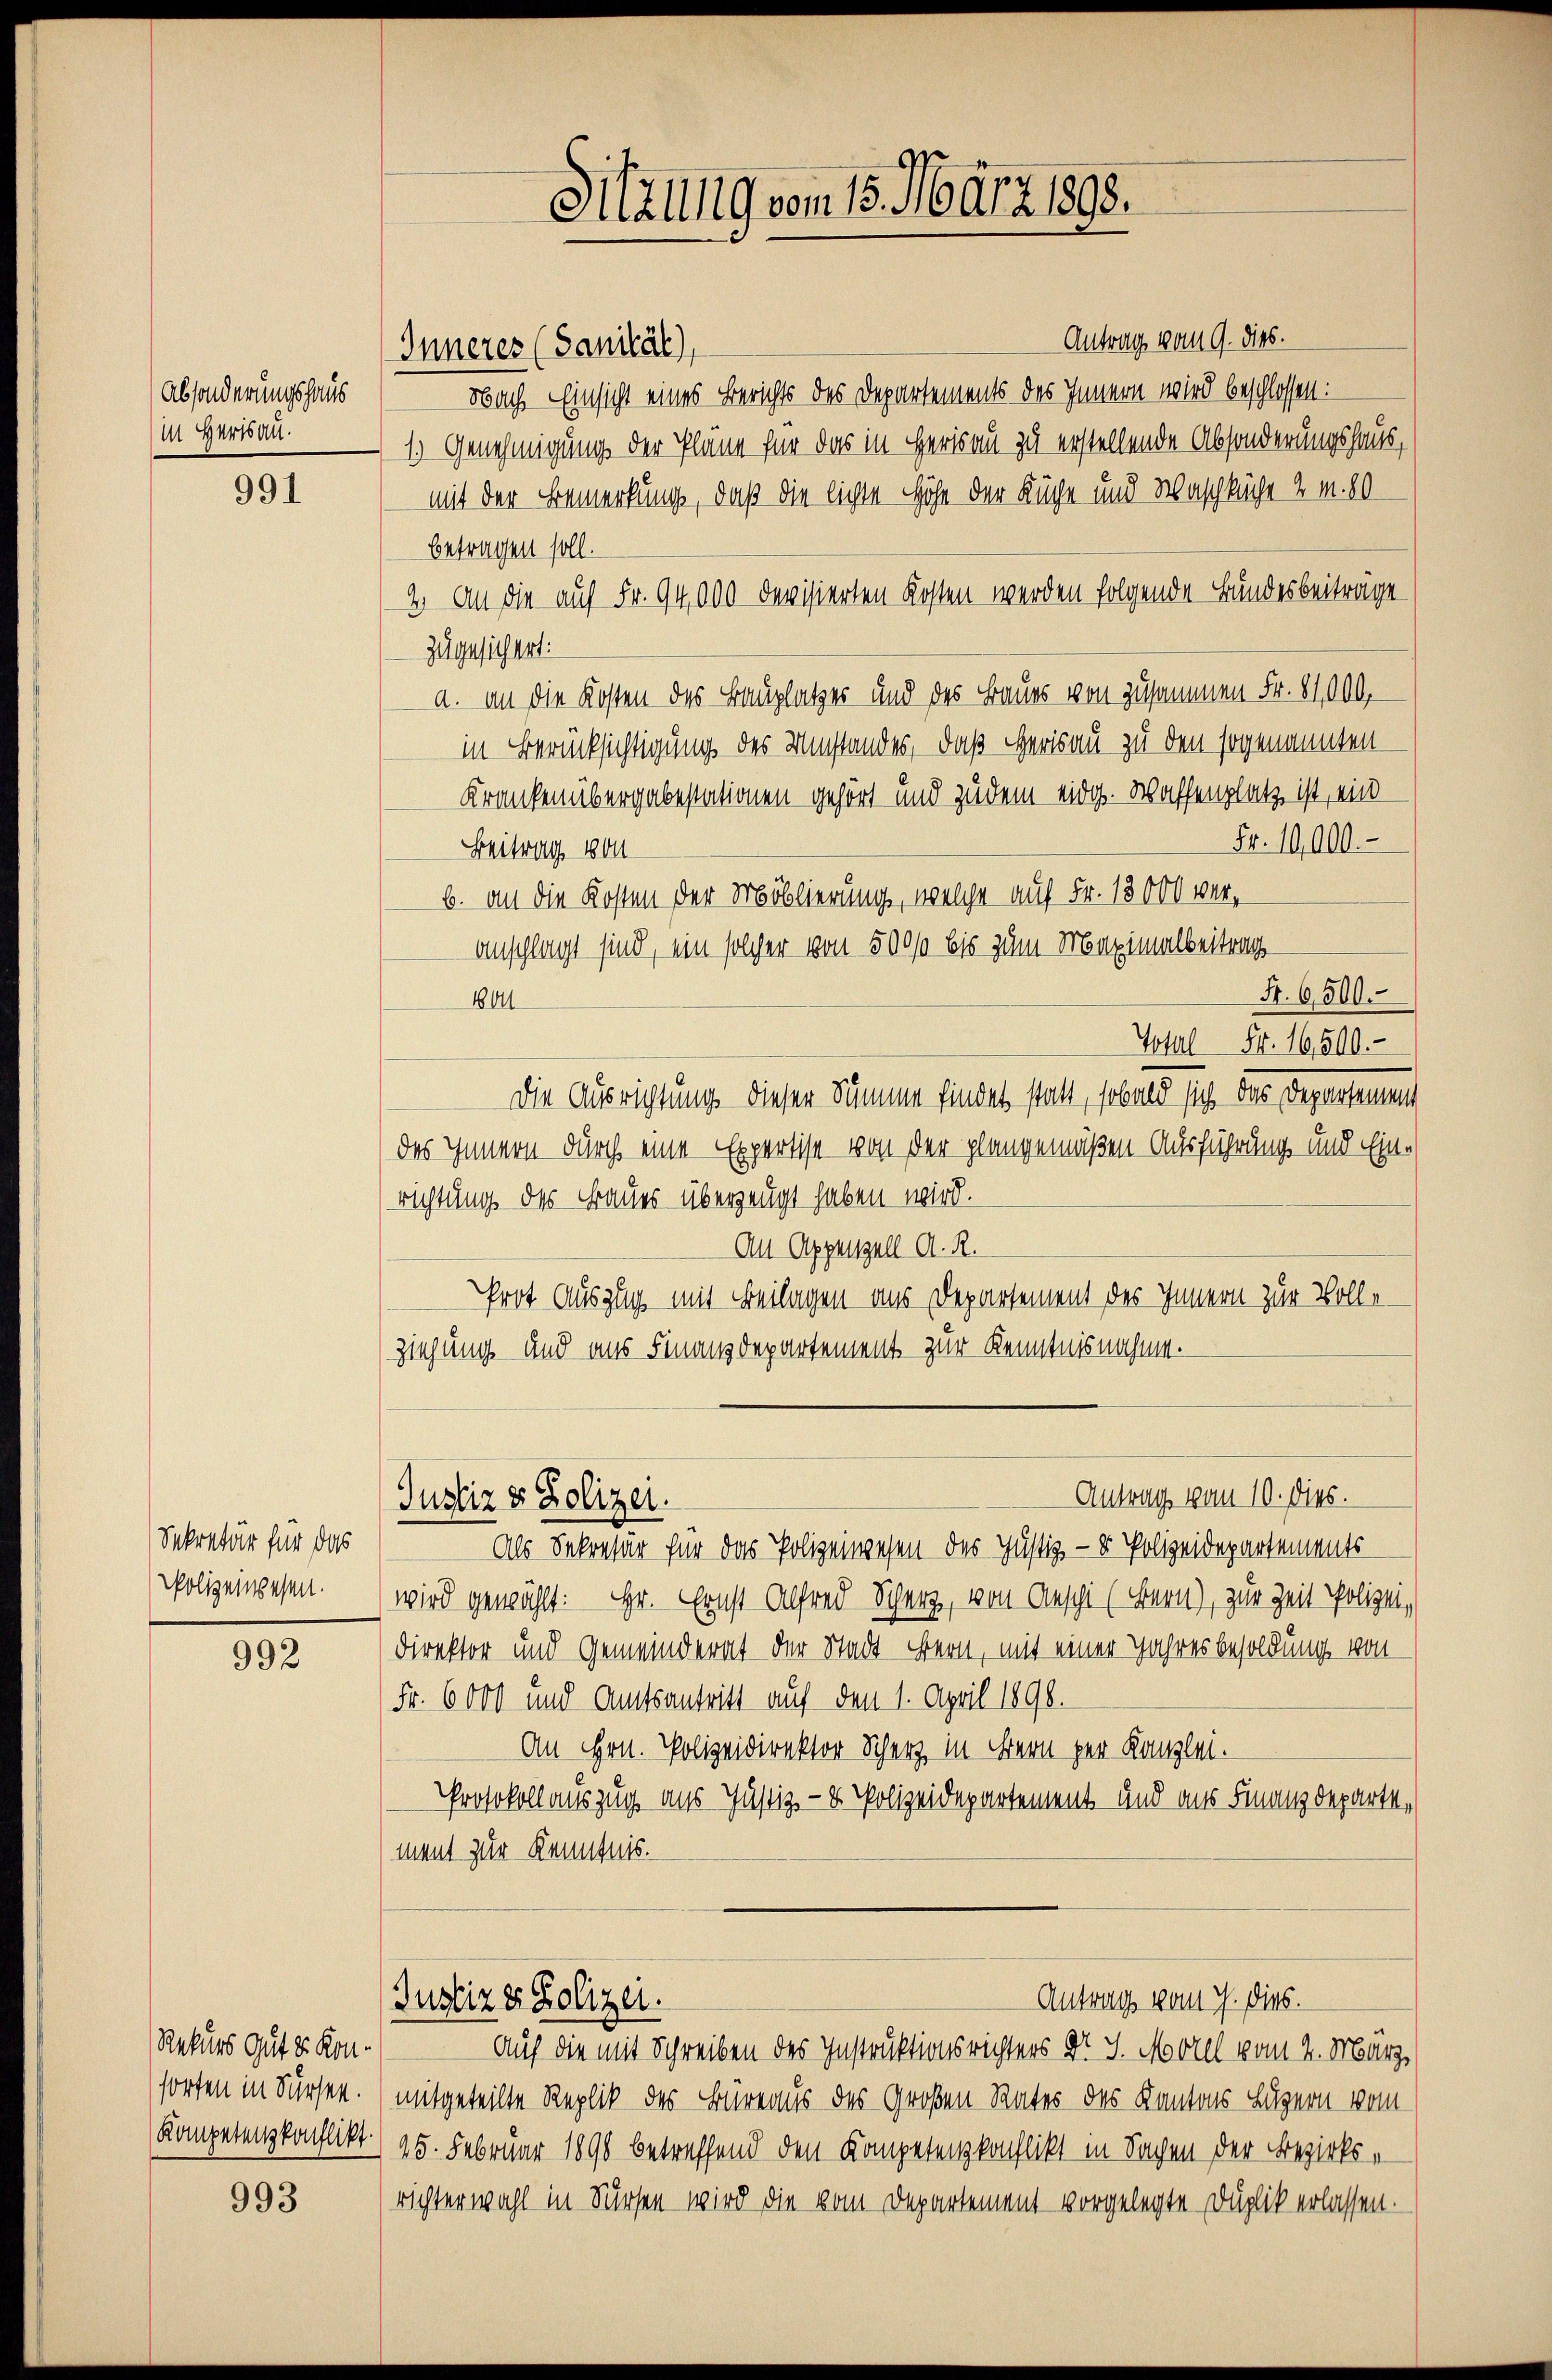
Absonderungshaus
in Herbsau.

991

Sekretär für das
Polizeiwesen.

992

Rekurs Gut u. Kon-
forten in Fürsten.
Kompetenzkonflikt.

993

Sitzung vom 15. März 1898.

Antrag vom 9. dies.
Inneres (Sanität),
Nach Einsicht eines Berichts des Departements des Innern wird beschlossen:
1.) Genehmigung der Plane für das in Herisau zu erstellende Absonderungshaus,
mit der Bemerkung, daß die lichen Höhe der Küge und Waschküche 2 m. 80
betragen soll.
2. An die auf Fr. 94,000 devisierten Kosten werden folgende Bundesbeiträge
zugesichert:
a. an die Kosten des Bauplatzer und des Baues von zusammen Fr. 81000.
in Berücksichtigung des Umstandes, daß Herisau zu den sogenannten
Kranken übergabestationen gehört und zudem eidg. Waffenplatz ist, ein¬
Fr. 19,000. –
Beitrag von
b. an die Kosten der Moblierung, welche auf Fr. 13000 veranschlagt sind, ein solcher von 5000 bis zum Maximalbertrag
Fr. 6500.
1801
Total Fr. 16,500.-
Die Ausrichtung dieser Summe findet statt, sobald sich das Departement
des Innern durch eine Expertise von der plangemäßen Ausführung und Einrichtung des Fraues überzeugt haben wird.
Al Appenzell A. R.
Prot Auszug mit Beilagen aus Departement des Innern zur Volle-
ziehung und aus Finanzdepartement zur Kenntnisnahme.
Antrag vom 10. dies.
Justiz & Polizei.
Als Sekretär für das Polizeiwesen des Justiz- & Polizeidepartements
wird gewählt: Hr. Ernst Alfred Scherz, von Aeschi (Bern), zur Zeit Polizei,
Direktor und Gemeinderat der Stadt Bern, mit einer Jahresbesoldung von
Fr. 6000 und Amtsantritt auf den 1. April 1896.
An Hrn. Polizeidirektor Scherz in Bern per Kanzlei.
Protokoll auszug aus Justiz- & Polizeidepartement und aus Finanzdepartement zur Kenntnis.
Antrag vom 7. dies.
Justiz & Polizei.
Auf die mit Schreiben des Instruktionsrichters Dr. J. Morel vom 2. März
mitgeteilte Replik des Büreaus des Großen Rates des Kantons Luzern vom
25. Februar 1890 betreffend den Kompetenzkonflikt in Sachen der Bezirksrichterwahl in Dürsen wird die vom Departement vorgelegte Duplik erlassen.